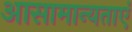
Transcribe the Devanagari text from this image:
आसामान्यताएं